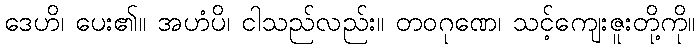
ဒေဟိ၊ ပေး၏။ အဟံပိ၊ ငါသည်လည်း။ တဝဂုဏေ၊ သင့်ကျေးဇူးတို့ကို။